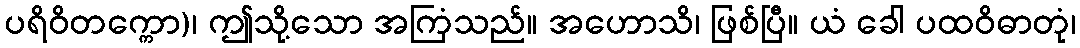
ပရိဝိတက္ကော)၊ ဤသို့သော အကြံသည်။ အဟောသိ၊ ဖြစ်ပြီ။ ယံ ခေါ ပထဝိဓာတုံ၊